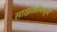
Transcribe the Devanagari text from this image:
साखळीमध्ये